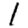
Digit: 1